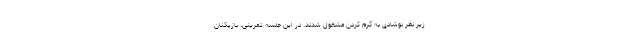
زیر نظر نوشادی به گرم کردن مشغول شدند. در این جلسه تمرینی، بازیکنان